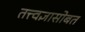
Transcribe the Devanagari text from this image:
तत्त्वज्ञासोबत